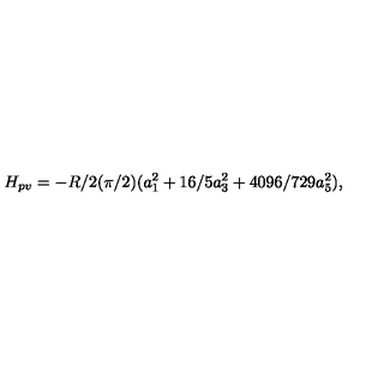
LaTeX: H _ { p v } = - R / 2 ( \pi / 2 ) ( a _ { 1 } ^ { 2 } + 1 6 / 5 a _ { 3 } ^ { 2 } + 4 0 9 6 / 7 2 9 a _ { 5 } ^ { 2 } ) ,